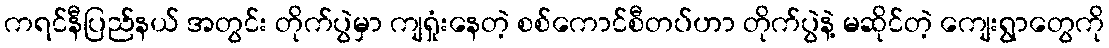
ကရင်နီပြည်နယ် အတွင်း တိုက်ပွဲမှာ ကျရှုံးနေတဲ့ စစ်ကောင်စီတပ်ဟာ တိုက်ပွဲနဲ့ မဆိုင်တဲ့ ကျေးရွာတွေကို